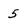
Character: 5